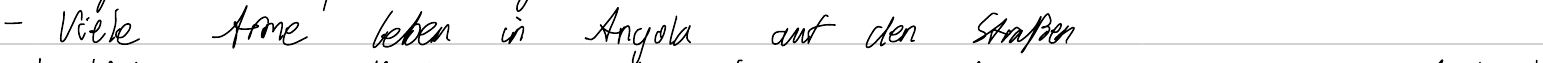
- viele Arme leben in Angola auf den Straßen